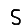
Digit: 5